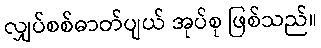
လျှပ်စစ်ဓာတ်ပျယ် အုပ်စု ဖြစ်သည်။